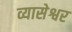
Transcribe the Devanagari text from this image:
व्यासेश्वर